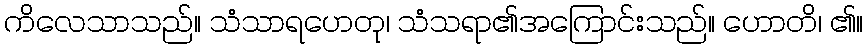
ကိလေသာသည်။ သံသာရဟေတု၊ သံသရာ၏အကြောင်းသည်။ ဟောတိ၊ ၏။